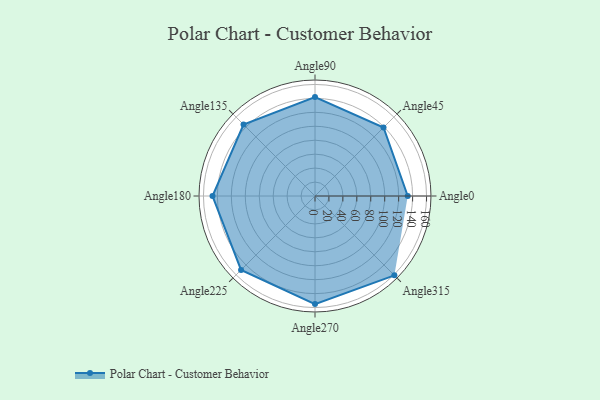
{"axis": {"x": "Angle", "y": "Radius"}, "legend": [""], "data": [{"x": "Angle0", "y": 133.0, "type": ""}, {"x": "Angle45", "y": 139.0, "type": ""}, {"x": "Angle90", "y": 142.0, "type": ""}, {"x": "Angle135", "y": 145.0, "type": ""}, {"x": "Angle180", "y": 147.0, "type": ""}, {"x": "Angle225", "y": 150.0, "type": ""}, {"x": "Angle270", "y": 155.0, "type": ""}, {"x": "Angle315", "y": 161.0, "type": ""}]}